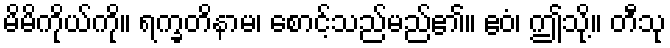
မိမိကိုယ်ကို။ ရက္ခတိနာမ၊ စောင့်သည်မည်၏။ ဧဝံ၊ ဤသို့။ တီသု